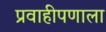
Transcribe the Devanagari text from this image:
प्रवाहीपणाला